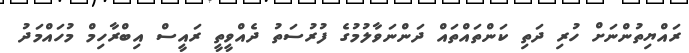
ރައްޔިތުންނަށް ހުރި ދަތި ކަންތައްތައް ދަންނަވާލުމުގެ ފުރުސަތު ދެއްވީތީ ރައީސް އިބްރާހިމް މުހައްމަދު